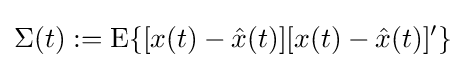
\Sigma (t):=\operatorname {E} \{[x(t)-{\hat {x}}(t)][x(t)-{\hat {x}}(t)]'\}